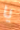
يا